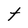
Character: t